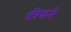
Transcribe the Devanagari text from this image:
टीपने